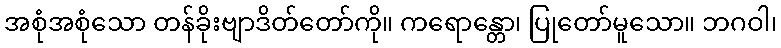
အစုံအစုံသော တန်ခိုးဗျာဒိတ်တော်ကို။ ကရောန္တော၊ ပြုတော်မူသော။ ဘဂဝါ၊